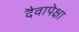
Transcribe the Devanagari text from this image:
दैवापेक्षा